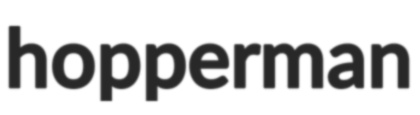
hopperman